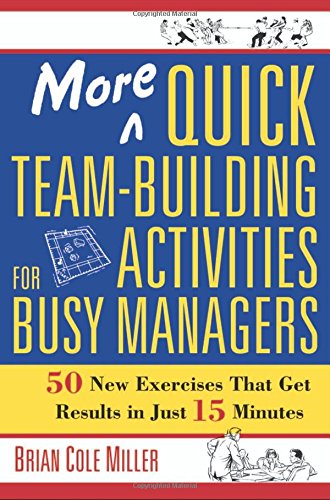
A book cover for More Quick Team-Building Activities for Busy Managers: 50 New Exercises That Get Results in Just 15 Minutes; Brian Cole Miller; Business & Money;